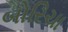
બોરિચા